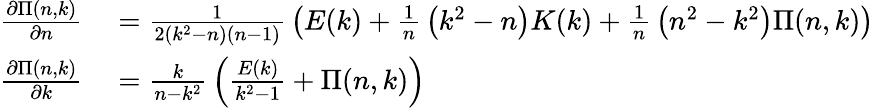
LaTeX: \begin{array}{rl}{{\frac{\partial\Pi(n,k)}{\partial n}}}&{{}={\frac{1}{2\left(k^{2}-n\right)(n-1)}}\left(E(k)+{\frac{1}{n}}\left(k^{2}-n\right)K(k)+{\frac{1}{n}}\left(n^{2}-k^{2}\right)\Pi(n,k)\right)}\\ {{\frac{\partial\Pi(n,k)}{\partial k}}}&{{}={\frac{k}{n-k^{2}}}\left({\frac{E(k)}{k^{2}-1}}+\Pi(n,k)\right)}\end{array}